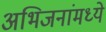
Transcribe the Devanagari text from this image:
अभिजनांमध्ये